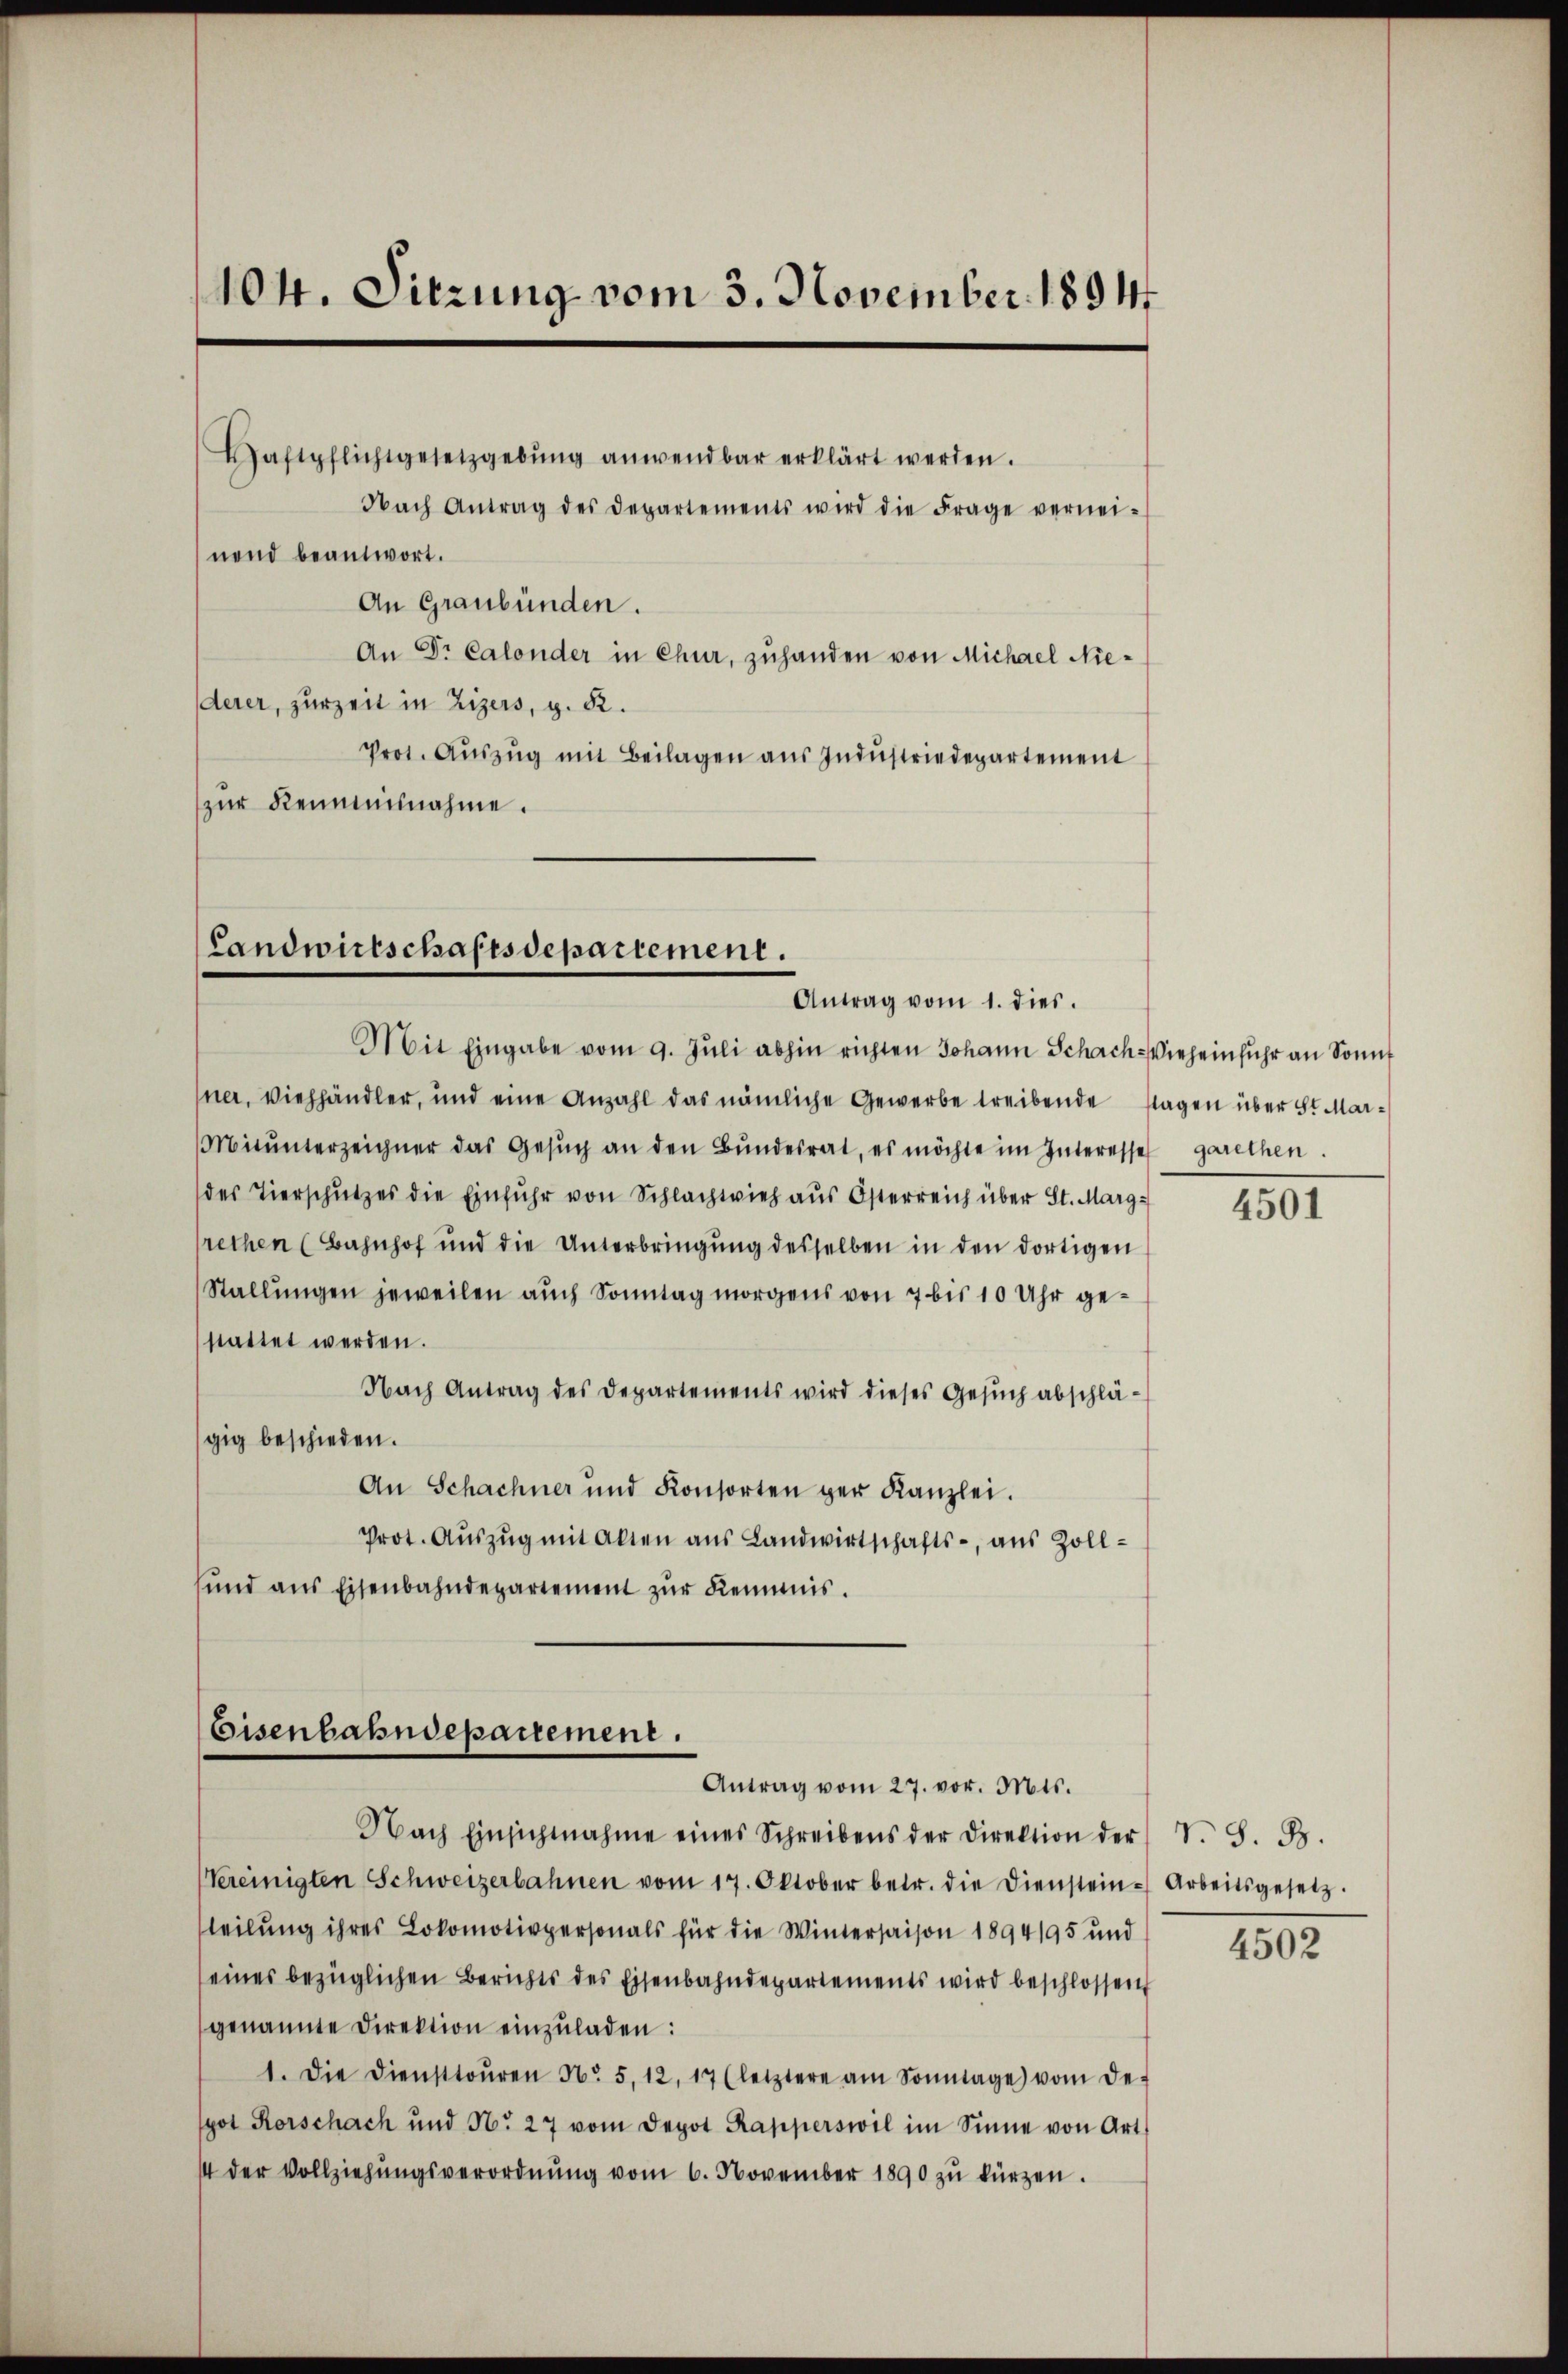
104. Sitzung vom 3. November 1894

Daftpflichtgesetzgebŭng anwendbar erklärt werden.
Nach Antrag des Departements wird die Frage vernei-
nend beantwort.
An Graubünden.
An Dr. Calonder in Chur, zuhanden von Michael Niederer, zur Zeit in Zizers, g. 52.
Prot. Aŭszŭg mit Beilagen aŭs Indŭstriedepartement
zur Reumannahme.

Landwirtschaftsdepartement.
Antrag vom 1. dies

Mit Eingabe vom 9. Jŭli abhin richten Johann Schach-Vieh einfuhr an Sonnt
sner, Viehhändler, und eine Anzahl das nämliche Gewerbe treibende sagen über St. Mar¬
Mitŭnterzeichner das Gesŭch an den Bŭndesrat, es möchte im Interesse garethen.
des Tierschutzes die Einfuhr von Schlachtvieh aus Österreich über St. Marg
rethen (Bahnhof und die Unterbringung desselben in den dortigen
Stallungen jeweilen auch Sonntag morgens von 7 bis 10 Uhr gestattet werden.
Nach Antrag des Departements wird dieses Gesuch abschlägig beschieden.
An Schachner und Konsorten der Kanzlei.
Prot. Aŭszŭg mit alten aus Landwirtschafts-, aus Zoll-
und aus Eisenbahndepartement zŭr Kemnis.

Eisenbahndepartement.
Antrag vom 27. vor. Mts.

Nach Einsichtnahme eines Schreibens der Direktion der S. S. B.
Vereinigten Schweizerbahnen vom 17. Oktober betr. die Dienstein-Arbeitsgesetz.
teilung ihres Lokomotivpersonals für die Wintersaison 1894/95 und
eines bezüglichen Berichts des Eisenbahndepartements wird beschlossen
genannte Direktion einzŭladen:
1. Die Diensttoŭren No. 5. 12, 17 (letztere am Sonntage vom De-
pot Rorschach und No 27 vom Depot Rapperswil im Sinne von Art.
44 der Vollziehŭngsverordnŭng vom 6. November 1890 zŭ kürzen.

4501

4502